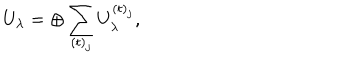
LaTeX: U _ { \lambda } = \oplus \sum _ { ( t ) _ { j } } U _ { \lambda } ^ { ( t ) _ { j } } ,